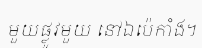
មួយផ្លូវមួយ នៅឯប៉េកាំង។